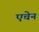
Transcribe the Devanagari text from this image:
एचेन